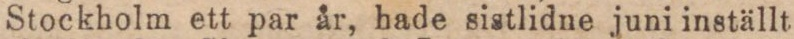
Stockholm ett par år, hade sistlidne juni inställt